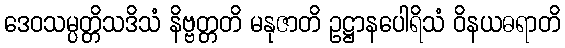
ဒေဝသမ္ပတ္တိသဒိသံ နိဗ္ဗတ္တတိ မနုဇာတိ ဥဋ္ဌာနပေါရိသံ ဝိနယဓရာတိ